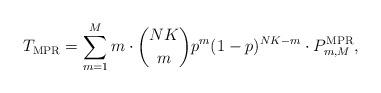
LaTeX: \begin{align*}T_{\rm MPR} = \sum_{m=1}^M m \cdot {NK\choose m} p^m (1-p)^{NK - m}\cdot P_{m, M}^{\rm MPR},\end{align*}